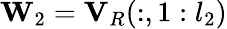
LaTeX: \mathbf{W}_{2}=\mathbf{V}_{R}(:,1:l_{2})